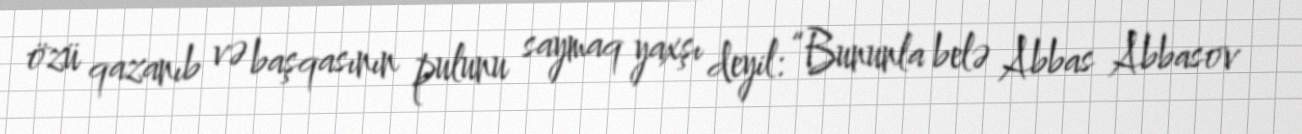
özü qazanıb və başqasının pulunu saymaq yaxşı deyil: “Bununla belə Abbas Abbasov